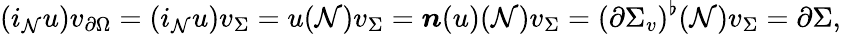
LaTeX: (i_{\mathcal{N}}u)v_{\partial\Omega}=(i_{\mathcal{N}}u)v_{\Sigma}=u(\mathcal{N})v_{\Sigma}=\boldsymbol{n}(u)(\mathcal{N})v_{\Sigma}=(\partial\Sigma_{v})^{\flat}(\mathcal{N})v_{\Sigma}=\partial\Sigma,